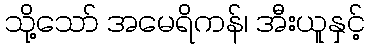
သို့သော် အမေရိကန်၊ အီးယူနှင့်